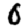
Digit: 0